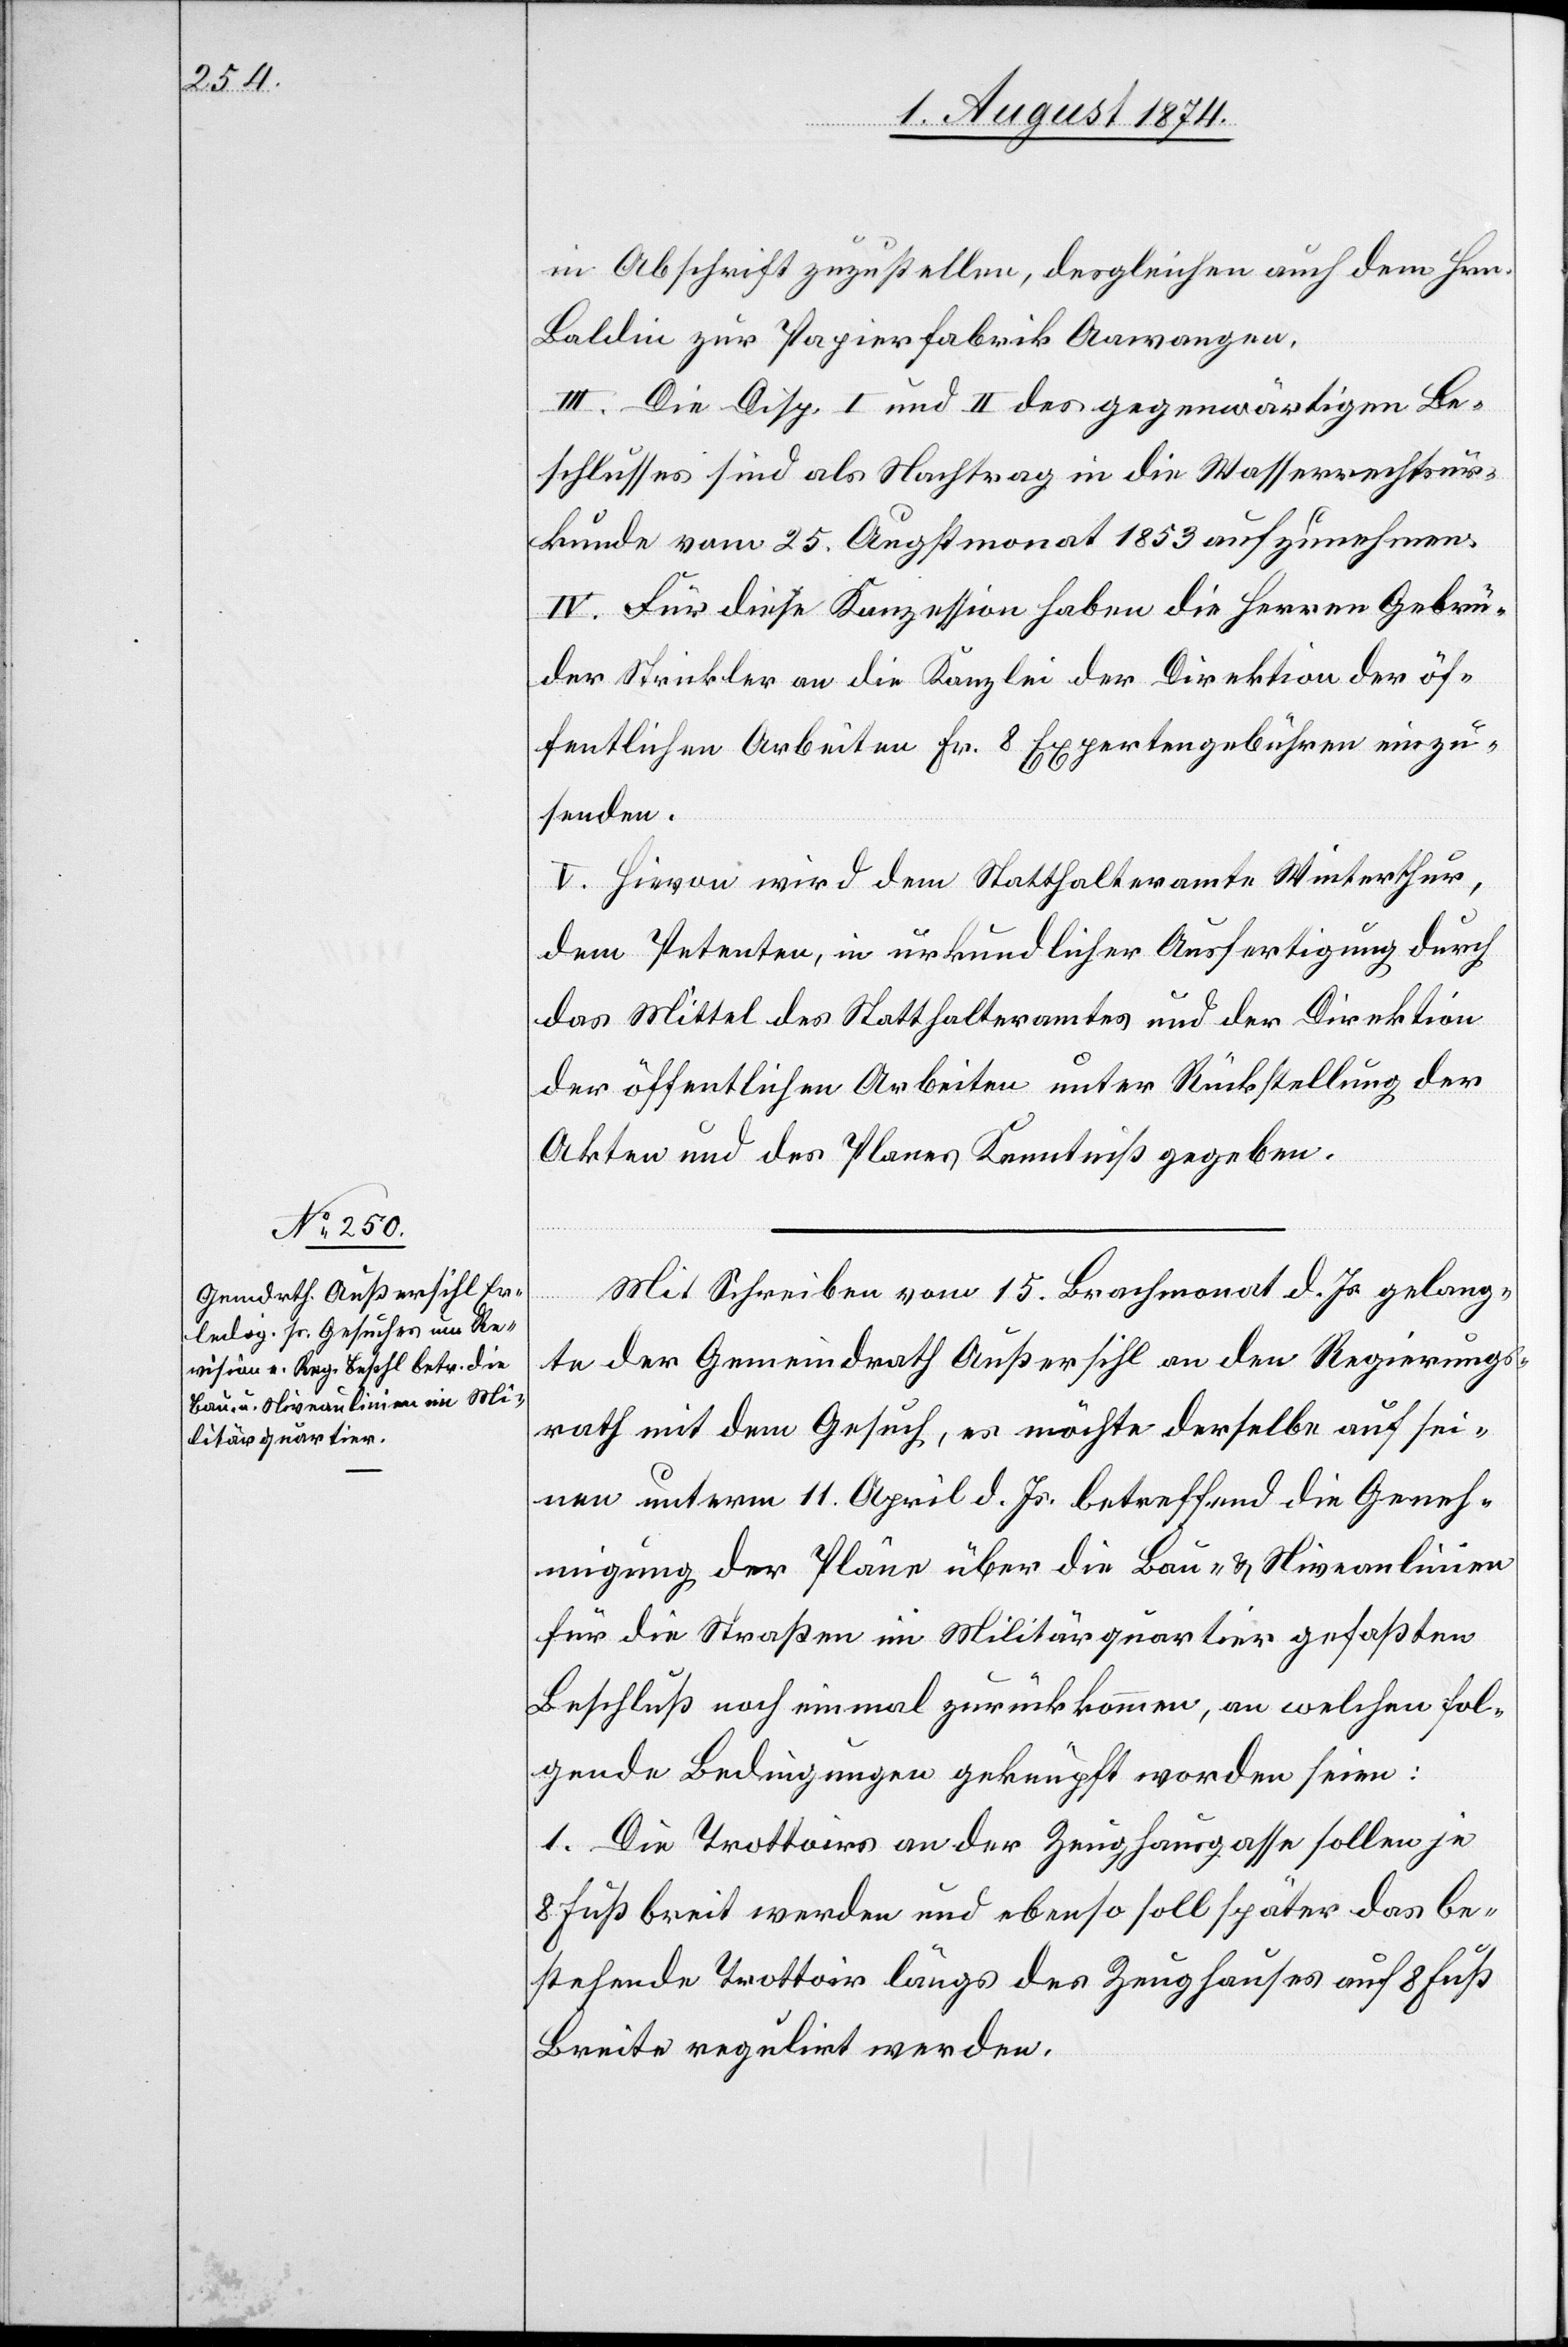
in Abschrift zuzustellen, desgleichen auch dem Hrn.
Baldin zur Papierfabrik Aawangen.
III. Die Disp. I und II des gegenwärtigen Be¬
schlusses sind als Nachtrag in die Wasserrechtsur¬
kunde vom 25. Augstmonat 1853 aufzunehmen.
IV. Für diese Konzession haben die Herren Gebrü¬
der Strickler an die Kanzlei der Direktion der öf¬
fentlichen Arbeiten Fr. 8 Expertengebühren einzu¬
senden.
V. Hievon wird dem Statthalteramte Winterthur,
dem Petenten, in urkundlicher Ausfertigung durch
das Mittel des Statthalteramtes und der Direktion
der öffentlichen Arbeiten unter Rückstellung der
Akten und des Planes Kenntniß gegeben.
Mit Schreiben vom 15. Brachmonat d. Js. gelang¬
te der Gemeindrath Außersihl an den Regierungs¬
rath mit dem Gesuch, es möchte derselbe auf sei¬
nen unterm 11. April d. Js. betreffend die Geneh¬
migung der Pläne über die Bau- u. Niveaulinien
für die Straßen im Militärquartier gefaßten
Beschluß noch einmal zurückkommen, an welchen fol¬
gende Bedingungen geknüpft worden seien:
1. Die Trottoirs an der Zeughausgasse sollen je
8 Fuß breit werden und ebenso soll später das be¬
stehende Trottoir längs des Zeughauses auf 8 Fuß
Breite regulirt werden.